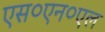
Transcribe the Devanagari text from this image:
एस०एन०एल